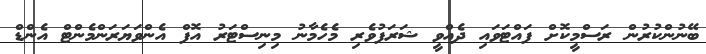
ބޭނުންކުރުން ރަސްމީކޮށް ފައްޓަވައި ދެއްވީ ޝަރަފުވެރި މެހެމާނު މިނިސްޓަރު އޮފް އެންވަޔަރަންމެންޓް އެންޑް